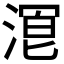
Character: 𬈒